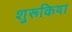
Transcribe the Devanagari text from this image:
शुरूकिया